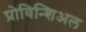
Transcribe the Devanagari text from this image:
प्रोविन्शिअल